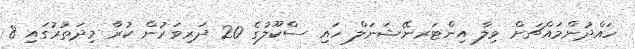
ހައްދުންމައްޗަށް ވިލާ އިންޓަރނޭޝަނަލް ހައި ސްކޫލުގެ 20 ދަރިވަރުން ކުރާ މިދަތުރުގައި 8